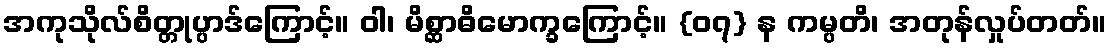
အကုသိုလ်စိတ္တုပ္ပာဒ်ကြောင့်။ ဝါ၊ မိစ္ဆာဓိမောက္ခကြောင့်။ {၀၇} န ကမ္ပတိ၊ အတုန်လှုပ်တတ်။